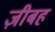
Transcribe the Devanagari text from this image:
ज़ीबह